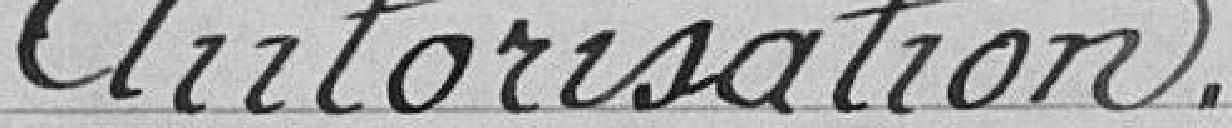
Autorisation